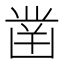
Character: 凿